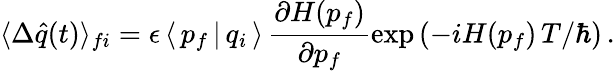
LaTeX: \langle\Delta\hat{q}(t)\rangle_{fi}=\epsilon\, \langle\, p_{f}\, |\, q_{i}\, \rangle\, \frac{\partial H(p_{f})}{\partial p_{f}}\exp\left(-iH(p_{f})\, T/\hbar\right)\, .